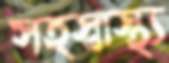
সহস্বাস্থ্য